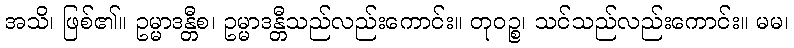
အသိ၊ ဖြစ်၏။ ဥမ္မာဒန္တီစ၊ ဥမ္မာဒန္တီသည်လည်းကောင်း။ တုဝဉ္စ၊ သင်သည်လည်းကောင်း။ မမ၊